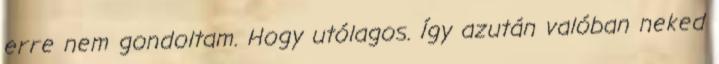
erre nem gondoltam. Hogy utólagos. Így azután valóban neked